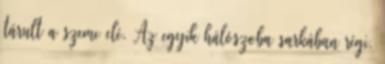
tárult a szeme elé. Az egyik hálószoba sarkában régi,